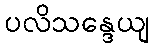
ပလိသန္ဒေယျ